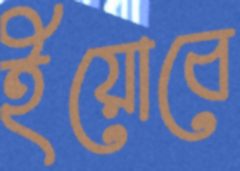
ইয়োবে